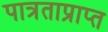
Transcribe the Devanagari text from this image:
पात्रताप्राप्त